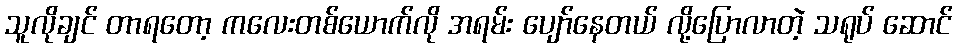
သူလိုချင် တာရတော့ ကလေးတစ်ယောက်လို အရမ်း ပျော်နေတယ် လို့ပြောလာတဲ့ သရုပ် ဆောင်